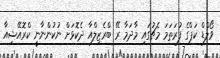
ވޯލްޑް ކަޕްގެ ފުރަތަމަ މެޗުގައި މާދަމާ ރޭ ބްރެޒިލްއާ ދެކޮޅަށް ނުކުންނާނީ ކްރޮއޭޝިއާ